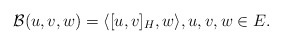
\begin{align*} \mathcal{B}(u,v,w) = \langle [u,v]_H,w\rangle,u,v,w\in E.\end{align*}